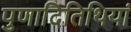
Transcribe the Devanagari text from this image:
पुणादितिथियां